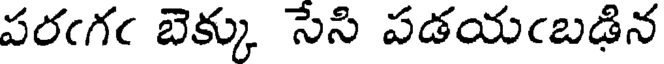
పరఁగఁ బెక్కు సేసి పడయఁబడిన